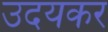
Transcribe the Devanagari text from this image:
उदयकर